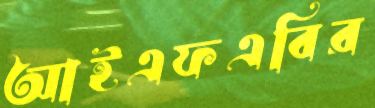
আইএফএবির